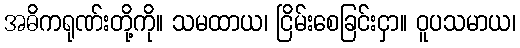
အဓိကရုဏ်းတို့ကို။ သမထာယ၊ ငြိမ်းစေခြင်းငှာ။ ဝူပသမာယ၊